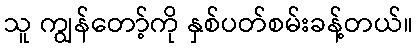
သူ ကျွန်တော့်ကို နှစ်ပတ်စမ်းခန့်တယ်။